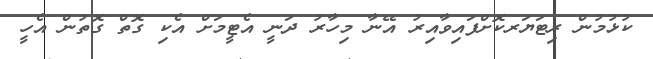
ކުޅުމުން ރިޓަޔަރކޮށްފައިވާއިރު އޭނާ މިހާރު ދަނީ އެޓީމަށް އެކި ގޮތް ގޮތުން އެހީ